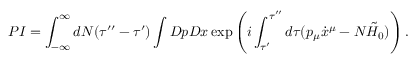
P I = \int _ { - \infty } ^ { \infty } d N ( \tau ^ { \prime \prime } - \tau ^ { \prime } ) \int { \cal D } p { \cal D } x \exp \left( i \int _ { \tau ^ { \prime } } ^ { \tau ^ { \prime \prime } } d \tau ( p _ { \mu } \dot { x } ^ { \mu } - N \tilde { \cal H } _ { 0 } ) \right) .